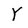
Character: Y